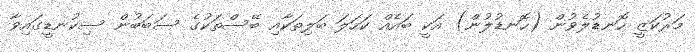
މަރުކަޒީ ހޮނޑުލެވުން (ހޮނޑުލުން) އަކީ ބައެއް ކަހަލަ ބަލިތަކާއި ބޭސްތަކުގެ ސަބަބުން ސިކުނޑީގައިވާ